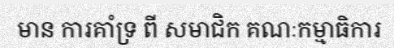
មាន ការគាំទ្រ ពី សមាជិក គណៈកម្មាធិការ